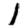
Digit: 1